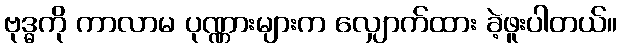
ဗုဒ္ဓကို ကာလာမ ပုဏ္ဏားများက လျှောက်ထား ခဲ့ဖူးပါတယ်။